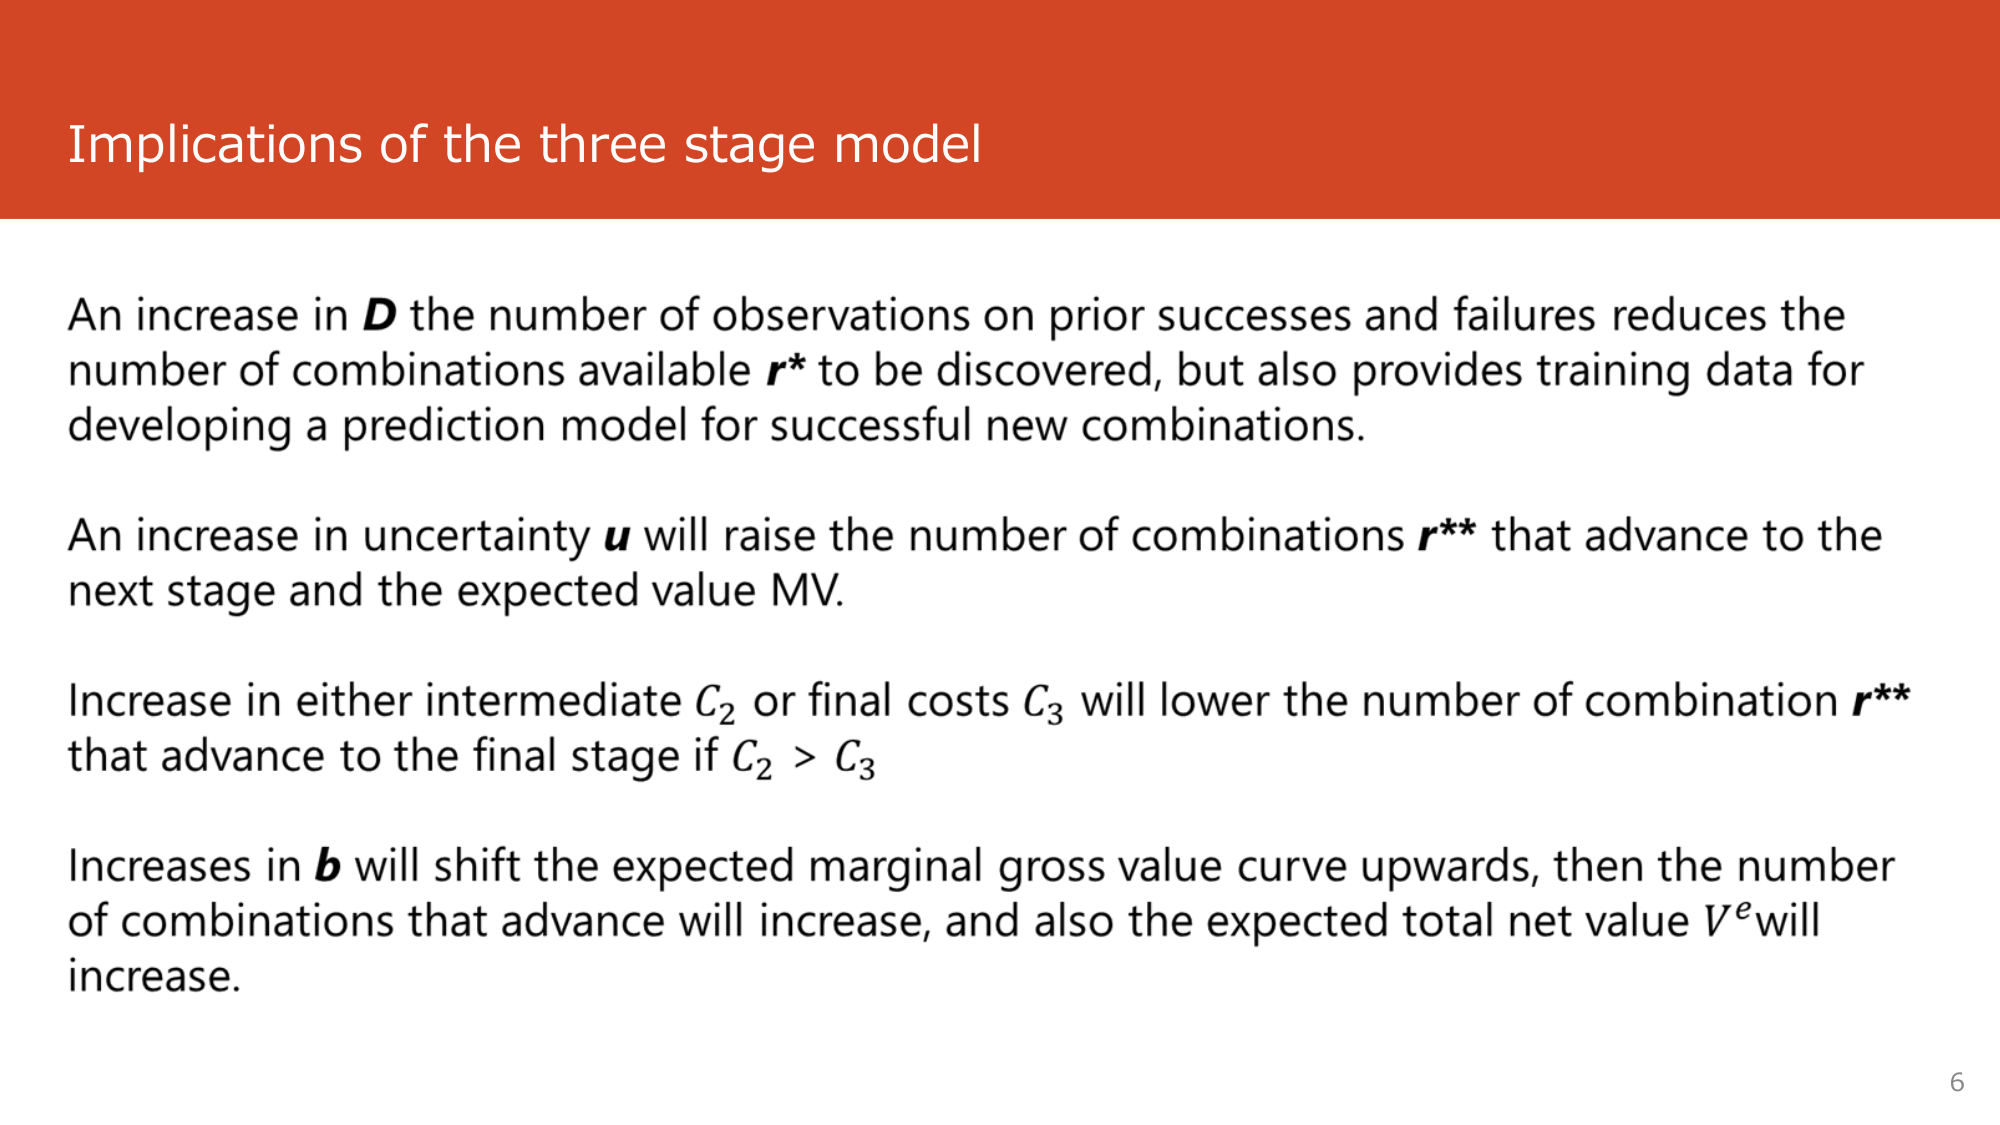
Implications of the three stage model

An increase in D the number of observations on prior successes and failures reduces the number of combinations available r* to be discovered, but also provides training data for developing a prediction model for successful new combinations.

An increase in uncertainty u will raise the number of combinations r** that advance to the next stage and the expected value MV.

Increase in either intermediate C₂ or final costs C₃ will lower the number of combination r** that advance to the final stage if C₂ > C₃

Increases in b will shift the expected marginal gross value curve upwards, then the number of combinations that advance will increase, and also the expected total net value Vᵉ will increase.

6